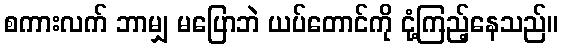
စကားလက် ဘာမျှ မပြောဘဲ ယပ်တောင်ကို ငုံ့ကြည့်နေသည်။